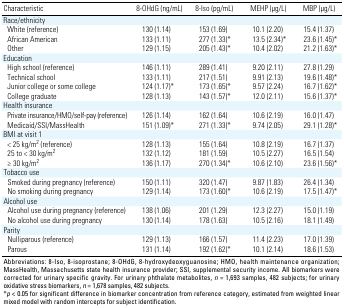
<table><thead><tr><td><b>Characteristic</b></td><td><b>8-OHdG (ng/mL)</b></td><td><b>8-Iso (pg/mL)</b></td><td><b>MEHP (μg/L)</b></td><td><b>MBP (μg/L)</b></td></tr></thead><tbody><tr><td><b>Race/ethnicity</b></td></tr><tr><td><b>White (reference)</b></td><td>130 (1.14)</td><td>153 (1.69)</td><td>10.1 (2.20)</td><td>15.4 (1.37)</td></tr><tr><td><b>African American</b></td><td>133 (1.11)</td><td>277 (1.33)*</td><td>13.5 (2.34)*</td><td>23.6 (1.45)*</td></tr><tr><td><b>Other</b></td><td>129 (1.15)</td><td>205 (1.43)*</td><td>10.4 (2.02)</td><td>21.2 (1.63)*</td></tr><tr><td><b>Education</b></td></tr><tr><td><b>High school (reference)</b></td><td>146 (1.11)</td><td>289 (1.41)</td><td>9.20 (2.11)</td><td>27.8 (1.29)</td></tr><tr><td><b>Technical school</b></td><td>133 (1.11)</td><td>217 (1.51)</td><td>9.91 (2.13)</td><td>19.6 (1.48)*</td></tr><tr><td><b>Junior college or some college</b></td><td>124 (1.17)*</td><td>173 (1.65)*</td><td>9.57 (2.24)</td><td>16.7 (1.62)*</td></tr><tr><td><b>College graduate</b></td><td>128 (1.13)</td><td>143 (1.57)*</td><td>12.0 (2.11)</td><td>15.6 (1.37)*</td></tr><tr><td><b>Health insurance</b></td></tr><tr><td><b>Private insurance/HMO/self-pay (reference)</b></td><td>126 (1.14)</td><td>162 (1.64)</td><td>10.6 (2.19)</td><td>16.0 (1.47)</td></tr><tr><td><b>Medicaid/SSI/MassHealth</b></td><td>151 (1.09)*</td><td>271 (1.33)*</td><td>9.74 (2.05)</td><td>29.1 (1.28)*</td></tr><tr><td><b>BMI at visit 1</b></td></tr><tr><td><b>&lt; 25 kg/m<sup>2</sup> (reference)</b></td><td>128 (1.13)</td><td>155 (1.64)</td><td>10.8 (2.19)</td><td>16.7 (1.37)</td></tr><tr><td><b>25 to &lt; 30 kg/m<sup>2</sup></b></td><td>132 (1.12)</td><td>181 (1.59)</td><td>10.5 (2.27)</td><td>16.5 (1.54)</td></tr><tr><td><b>≥ 30 kg/m<sup>2</sup></b></td><td>136 (1.17)</td><td>270 (1.34)*</td><td>10.6 (2.10)</td><td>23.6 (1.56)*</td></tr><tr><td><b>Tobacco use</b></td></tr><tr><td><b>Smoked during pregnancy (reference)</b></td><td>150 (1.11)</td><td>320 (1.47)</td><td>9.87 (1.83)</td><td>26.4 (1.34)</td></tr><tr><td><b>No smoking during pregnancy</b></td><td>129 (1.14)</td><td>173 (1.60)*</td><td>10.6 (2.19)</td><td>17.5 (1.47)*</td></tr><tr><td><b>Alcohol use</b></td></tr><tr><td><b>Alcohol use during pregnancy (reference)</b></td><td>138 (1.06)</td><td>201 (1.29)</td><td>12.3 (2.27)</td><td>15.0 (1.19)</td></tr><tr><td><b>No alcohol use during pregnancy</b></td><td>130 (1.14)</td><td>178 (1.63)</td><td>10.5 (2.16)</td><td>18.1 (1.49)</td></tr><tr><td><b>Parity</b></td></tr><tr><td><b>Nulliparous (reference)</b></td><td>129 (1.13)</td><td>166 (1.57)</td><td>11.4 (2.23)</td><td>17.0 (1.39)</td></tr><tr><td><b>Parous</b></td><td>131 (1.14)</td><td>192 (1.62)*</td><td>10.1 (2.14)</td><td>18.6 (1.53)</td></tr><tr><td colspan="5">Abbreviations: 8-Iso, 8-isoprostane; 8-OHdG, 8-hydroxydeoxyguanosine; HMO, health maintenance organization; MassHealth, Massachusetts state health insurance provider; SSI, supplemental security income. All biomarkers were corrected for urinary specific gravity. For urinary phthalate metabolites, <i>n </i>= 1,693 samples, 482 subjects; for urinary oxidative stress biomarkers, <i>n </i>= 1,678 samples, 482 subjects. *<i>p </i>&lt; 0.05 for significant difference in biomarker concentration from reference category, estimated from weighted linear mixed model with random intercepts for subject identification. </td></tr></tbody></table>